Medical and sanitary report of the native army of Madras for the year
Year: 1876
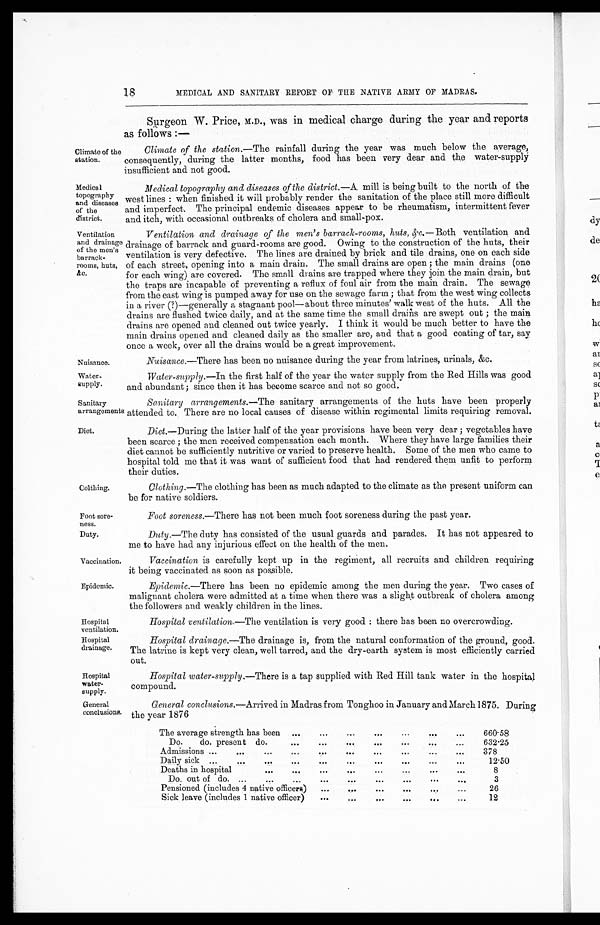
Climate of the
station.
Medical
topography
and diseases of the district.
Ventilation
and drainage
of the men's
barrack
-rooms, huts,
&c.
Nuisance.
Water
-supply.
Sanitary
arrangements
Diet.
Clothing.
Foot sore
-ness.
Duty.
Vaccination.
Epidemic.
Hospital
ventilation.
Hospital
drainage.
Hospital
water
-supply.
General
conclusions.
18
MEDICAL AND SANITARY REPORT OF THE NATIVE ARMY OF MADRAS.
Surgeon W. Price, M.D., was in medical charge during the year and reports
as follows:—
Climate of the station. —The rainfall during the year was much below the average,
consequently, during the latter months, food has been very dear and the water-supply
insufficient and not good.
Medical topography and diseases of the district. —A mill is being built to the north of the
west lines: when finished it will probably render the sanitation of the place still more difficult
and imperfect. The principal endemic diseases appear to be rheumatism, intermittent fever
and itch, with occasional outbreaks of cholera and small-pox.
Ventilation and drainage of the men's barrack-rooms, huts, &c. —Both ventilation and
drainage of barrack and guard-rooms are good. Owing to the construction of the huts, their
ventilation is very defective. The lines are drained by brick and tile drains, one on each side
of each street, opening into a main drain. The small drains are open; the main drains (one
for each wing) are covered. The small drains are trapped where they join the main drain, but
the traps are incapable of preventing a reflux of foul air from the main drain. The sewage
from the east wing is pumped away for use on the sewage farm; that from the west wing collects
in a river (?)—generally a stagnant pool—about three minutes' walk west of the huts. All the
drains are flushed twice daily, and at the same time the small drains are swept out; the main
drains are opened and cleaned out twice yearly. I think it would be much better to have the
main drains opened and cleaned daily as the smaller are, and that a good coating of tar, say
once a week, over all the drains would be a great improvement.
Nuisance. —There has been no nuisance during the year from latrines, urinals, &c.
Water-supply. —In the first half of the year the water supply from the Red Hills was good
and abundant; since then it has become scarce and not so good.
Sanitary arrangements. —The sanitary arrangements of the huts have been properly
attended to. There are no local causes of disease within regimental limits requiring removal.
Diet. —During the latter half of the year provisions have been very dear; vegetables have
been scarce; the men received compensation each month. Where they have large families their
diet cannot be sufficiently nutritive or varied to preserve health. Some of the men who came to
hospital told me that it was want of sufficient food that had rendered them unfit to perform
t h e i r d u t i e s .
Clothing. —The clothing has been as much adapted to the climate as the present uniform can
be for native soldiers.
Foot soreness. —There has not been much foot soreness during the past year.
Duty.
—The duty has consisted of the usual guards and parades. It has not appeared to
me to have had any injurious effect on the health of the men.
Vaccination is carefully kept up in the regiment, all recruits and children requiring
it being vaccinated as soon as possible.
Epidemic. —There has been no epidemic among the men during the year. Two cases of
malignant cholera were admitted at a time when there was a slight outbreak of cholera among
the followers and weakly children in the lines.
Hospital ventilation. —The ventilation is very good: there has been no overcrowding.
Hospital drainage. —The drainage is, from the natural conformation of the ground, good.
The latrine is kept very clean, well tarred, and the dry-earth system is most efficiently carried
out.
Hospital water-supply. —There is a tap supplied with Red Hill tank water in the hospital
compound.
General conclusions. —Arrived in Madras from Tonghoo in January and March 1875. During
the year 1876
The average strength has been
660·58
Do. do. present do.
632·25
Admissions
378
Daily sick
12·50
Deaths in hospital
8
Do. out of do.
3
Pensioned (includes 4 native officers)
26
Sick leave (includes 1 native officer)
12